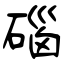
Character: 碯